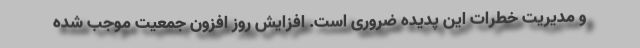
و مدیریت خطرات این پدیده ضروری است. افزایش روز افزون جمعیت موجب شده